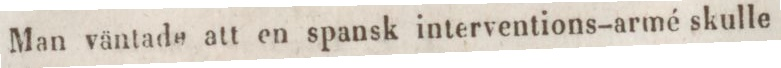
Man väntade att en spansk interventions-armé skulle